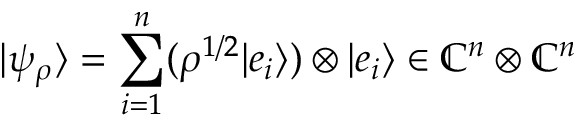
| \psi _ { \rho } \rangle = \sum _ { i = 1 } ^ { n } ( \rho ^ { { 1 } / { 2 } } | e _ { i } \rangle ) \otimes | e _ { i } \rangle \in \mathbb { C } ^ { n } \otimes \mathbb { C } ^ { n }